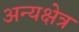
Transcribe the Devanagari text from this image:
अन्यक्षेत्र